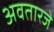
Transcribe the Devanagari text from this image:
अवतारजे